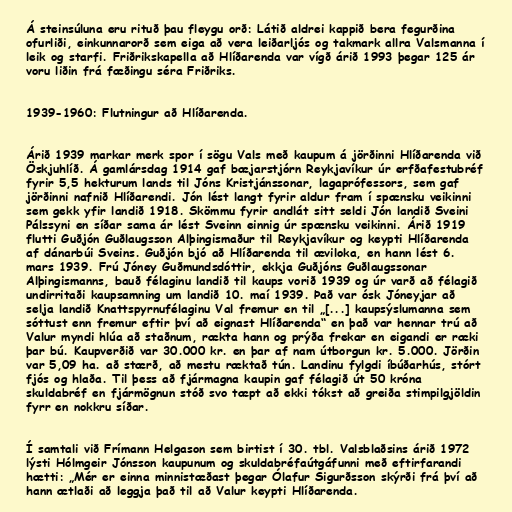
Á steinsúluna eru rituð þau fleygu orð: Látið aldrei kappið bera fegurðina
ofurliði, einkunnarorð sem eiga að vera leiðarljós og takmark allra Valsmanna í
leik og starfi. Friðrikskapella að Hlíðarenda var vígð árið 1993 þegar 125 ár
voru liðin frá fæðingu séra Friðriks.

1939-1960: Flutningur að Hlíðarenda.

Árið 1939 markar merk spor í sögu Vals með kaupum á jörðinni Hlíðarenda við
Öskjuhlíð. Á gamlársdag 1914 gaf bæjarstjórn Reykjavíkur úr erfðafestubréf
fyrir 5,5 hekturum lands til Jóns Kristjánssonar, lagaprófessors, sem gaf
jörðinni nafnið Hlíðarendi. Jón lést langt fyrir aldur fram í spænsku veikinni
sem gekk yfir landið 1918. Skömmu fyrir andlát sitt seldi Jón landið Sveini
Pálssyni en síðar sama ár lést Sveinn einnig úr spænsku veikinni. Árið 1919
flutti Guðjón Guðlaugsson Alþingismaður til Reykjavíkur og keypti Hlíðarenda
af dánarbúi Sveins. Guðjón bjó að Hlíðarenda til æviloka, en hann lést 6.
mars 1939. Frú Jóney Guðmundsdóttir, ekkja Guðjóns Guðlaugssonar
Alþingismanns, bauð félaginu landið til kaups vorið 1939 og úr varð að félagið
undirritaði kaupsamning um landið 10. maí 1939. Það var ósk Jóneyjar að
selja landið Knattspyrnufélaginu Val fremur en til „[...] kaupsýslumanna sem
sóttust enn fremur eftir því að eignast Hlíðarenda“ en það var hennar trú að
Valur myndi hlúa að staðnum, rækta hann og prýða frekar en eigandi er ræki
þar bú. Kaupverðið var 30.000 kr. en þar af nam útborgun kr. 5.000. Jörðin
var 5,09 ha. að stærð, að mestu ræktað tún. Landinu fylgdi íbúðarhús, stórt
fjós og hlaða. Til þess að fjármagna kaupin gaf félagið út 50 króna
skuldabréf en fjármögnun stóð svo tæpt að ekki tókst að greiða stimpilgjöldin
fyrr en nokkru síðar.

Í samtali við Frímann Helgason sem birtist í 30. tbl. Valsblaðsins árið 1972
lýsti Hólmgeir Jónsson kaupunum og skuldabréfaútgáfunni með eftirfarandi
hætti: „Mér er einna minnistæðast þegar Ólafur Sigurðsson skýrði frá því að
hann ætlaði að leggja það til að Valur keypti Hlíðarenda.